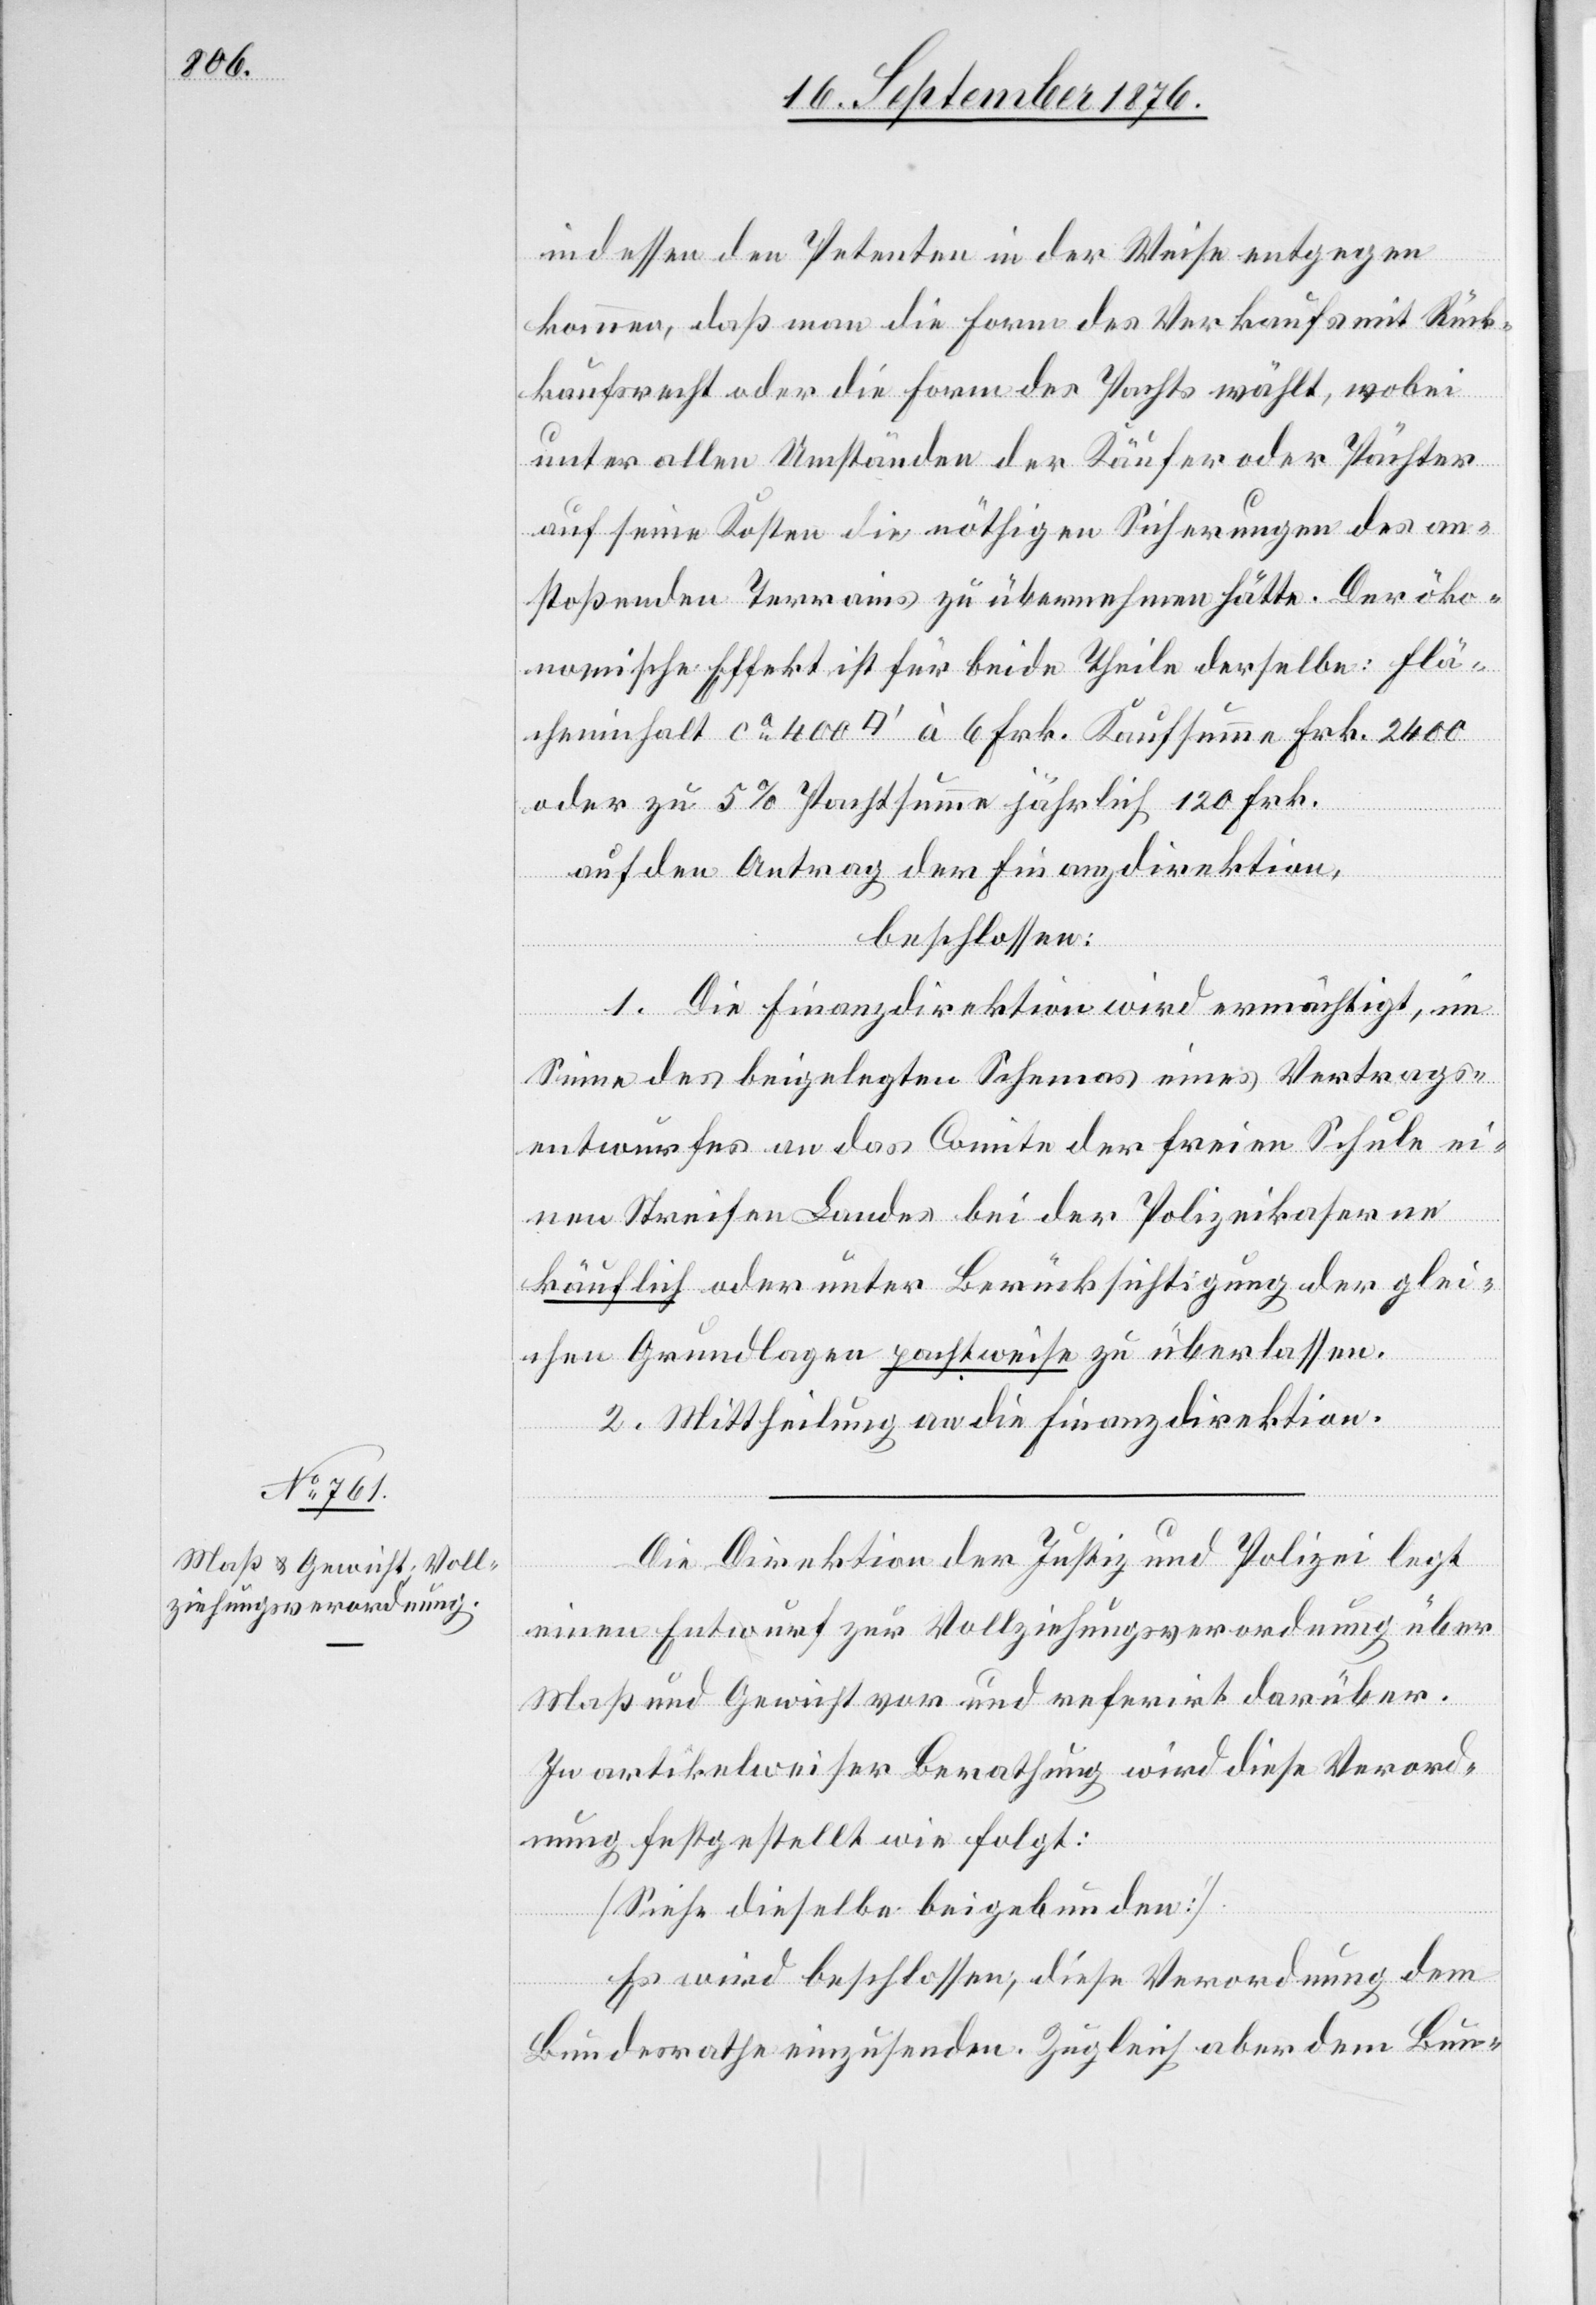
indessen den Petenten in der Weise entgegen
kommen, daß man die Form des Verkaufs mit Rück¬
kaufsrecht oder die Form der Pachts [sic!] wählt, wobei
unter allen Umständen der Käufer oder Pächter
auf seine Kosten die nöthigen Sicherungen des an¬
stoßenden Terrains zu übernehmen hätte. Der öko¬
nomische Effekt ist für beide Theile derselbe: Flä¬
cheninhalt ca 400 [Quadratfuß]‘ à 6 Frk. Kaufsumme Frk. 2400
oder zu 5% Pachtsumme jährlich 120 Frk.
auf den Antrag der Finanzdirektion,
beschlossen:
1. Die Finanzdirektion wird ermächtigt, im
Sinne des beigelegten Schemas eines Vertrags¬
entwurfes an das Comite der freien Schule ei¬
nen Streifen Landes bei der Polizeikaserne
käuflich oder unter Berücksichtigung der glei¬
chen Grundlagen pachtweise zu überlassen.
2. Mittheilung an die Finanzdirektion.
Die Direktion der Justiz und Polizei legt
einen Entwurf zur Vollziehungsverordnung über
Maß und Gewicht vor und referirt darüber.
In artikelweiser Berathung wird diese Verord¬
nung festgestellt wie folgt:
[Siehe dieselbe beigebunden].
Es wird beschlossen, diese Verordnung dem
Bundesrathe einzusenden. Zugleich aber dem Bun-